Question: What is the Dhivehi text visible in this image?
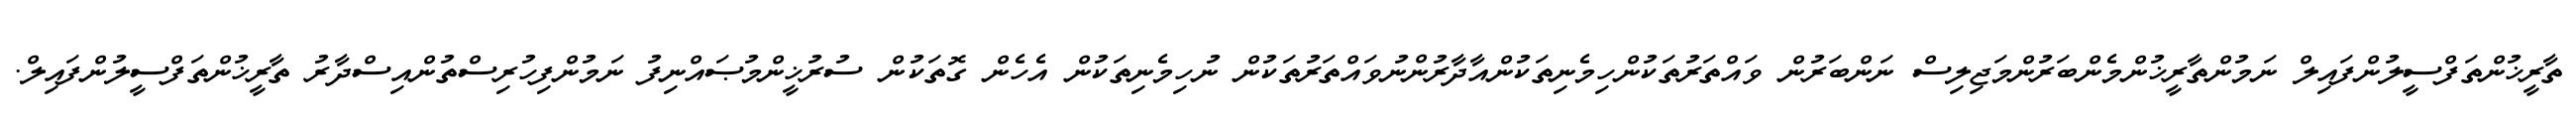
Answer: ތާރީޚުންތަފްސީލުންފައިލް ނަމުންތާރީޚުންމެންބަރުންމަޖިލިސް ނަންބަރުން ވައްތަރުތަކުންހިމެނިތަކުންއާދާރުންނުވައްތަރުތަކުން ނުހިމެނިތަކުން އެހެން ގޮތަކުން ސުރުޚީންމުޞައްނިފު ނަމުންފިހުރިސްތުންއިސްދާރު ތާރީޚުންތަފްސީލުންފައިލް.